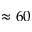
\approx 6 0